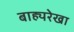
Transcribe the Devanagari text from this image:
बाह्यरेखा